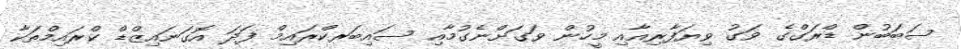
ސަބަބުން ޑްރަގްގެ ވަގު ވިޔަފާރިއާއި މީހުން ވަގަށްނެގުމާއި ސައިބަރކްރައިމް ފަދަ އޮގަނައިޒްޑް ކްރައިމްތަކާ